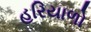
હરિયાળો